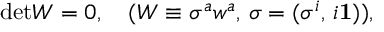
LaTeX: \mathrm { d e t } W = 0 , \quad ( W \equiv \sigma ^ { a } w ^ { a } , \, \sigma = ( \sigma ^ { i } , \, i { \mathbf 1 } ) ) ,